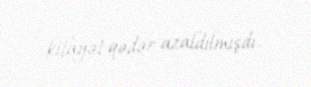
kifayət qədər azaldılmışdı.